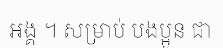
អង្គ ។ សម្រាប់ បងប្អូន ជា